Eesti_Rahvusfond, lk 16
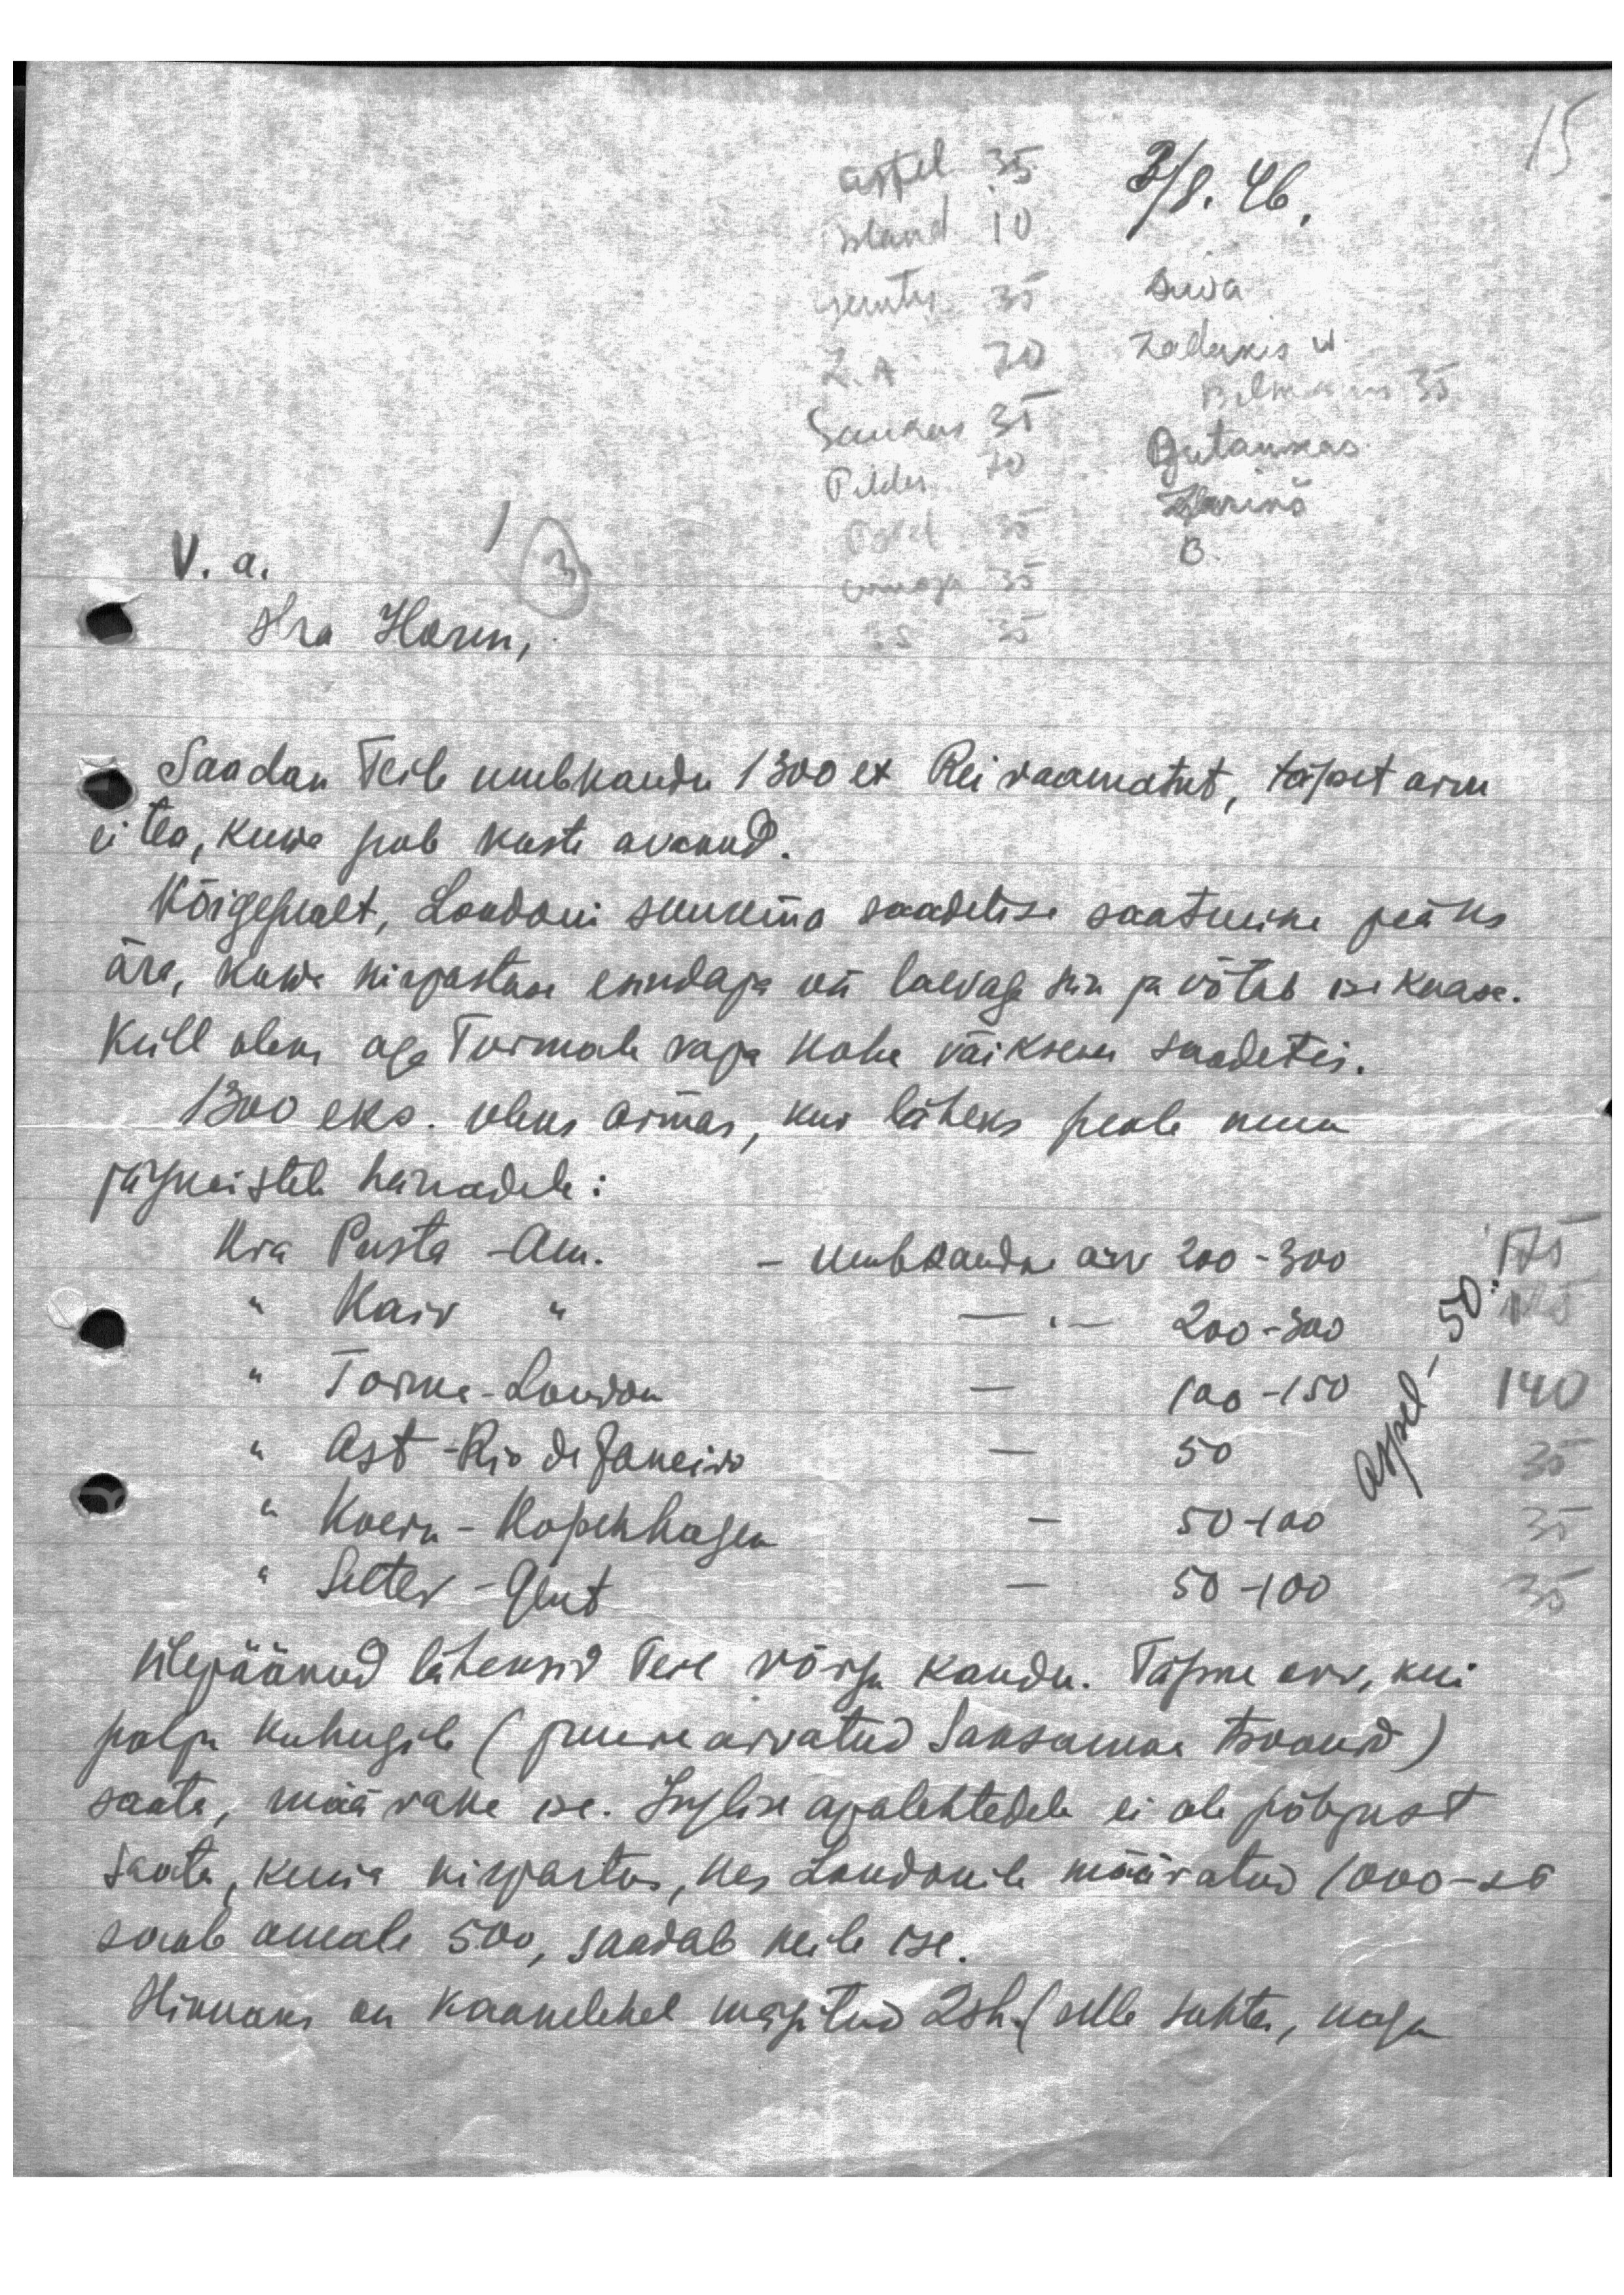
3/8. 46
15
V. a.
Hra Horm,
Saadan Teile umbkaudu 1300 ex Rei raamatut, täpset arvu
ei tea, kuna pole kaste avanud.
Kõigepealt, Londoni suurema saadetise saatmine jääks
ära, kuwa kirjastuse esindaja on laevaga siin ja võtab ise kaasa.
Küll oleks aga Tormale vaja kohe väiksem saadetis.
1300 eks. oleks armas, kus läheks peale kuum
järgmistele härradele:
Hra   Pusta -Am. - umbkaudne arv 200 - 300
„ Kaiv „ - „ - 200 - 300
" Torma - London -
100 - 150
„ Ast -Rio de Janeiro
50
-
„ Koeru - Kореnhagen
-
50 -100
" Selter - Gent
50 -100
-
Ülejäänud läheksid Teie võrgu kaudu. Täpne arv, kui
palju kuhugile (juure arvatud Saksamaa tsoonid)
saata, määrake ise. Inglise ajalehtedele ei ole põhjust
saata, kuna kirjastus, kes Londonile määratud 1000-st
saab omale 500, saadab neile ise.
Hinnaks on kaanelehel märgitud 2sh. (selle suhtes, nagu